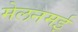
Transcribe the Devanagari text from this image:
मेलनमई